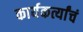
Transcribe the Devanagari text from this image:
कार्यकर्त्यांचं